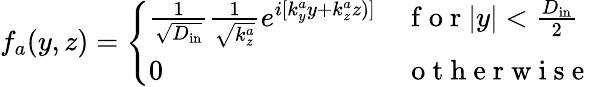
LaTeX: f_{a}(y,z)=\left\{ \begin{array}{ll}{\frac{1}{\sqrt{D_{\mathrm{in}}}}\frac{1}{\sqrt{k_{z}^{a}}}e^{i[k_{y}^{a}y+k_{z}^{a}z)]}}&{\mathrm{~f~o~r~}|y|<\frac{D_{\mathrm{in}}}{2}}\\ {0}&{\mathrm{~o~t~h~e~r~w~i~s~e~}}\end{array}\right.